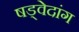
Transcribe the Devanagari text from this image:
षड्वेदांग